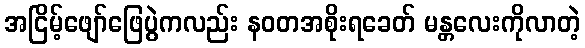
အငြိမ့်ဖျော်ဖြေပွဲကလည်း နဝတအစိုးရခေတ် မန္တလေးကိုလာတဲ့